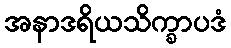
အနာဒရိယသိက္ခာပဒံ